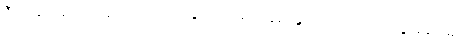
ဒီကမြင်းမျိုးတွေဆိုလျှင် သဲထဲ ခွာဆစ်မြုပ်နေ၍ နွားလောက်သာ သွားနိုင်မည်။